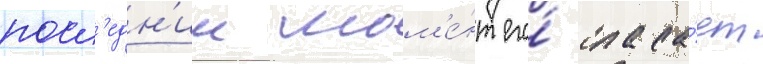
посл'едн'ии мом'е́нт его́ спаса́ет